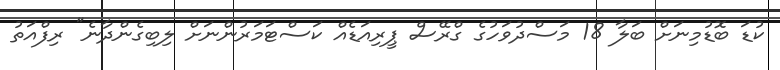
ކުޑަ ބޮޑުމިނަށް ބަލާ 18 މަސްދުވަހުގެ ގްރޭސް ޕީރިއަޑެއް ކަސްޓަމަރުންނަށް ލިބިގެންދާނެ" ރިފްއަތު